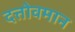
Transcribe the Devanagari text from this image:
दत्तोवमान